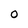
Character: O